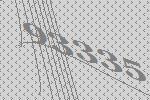
93335